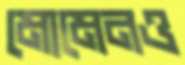
মোমেনও